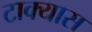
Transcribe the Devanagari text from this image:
टाक्यास